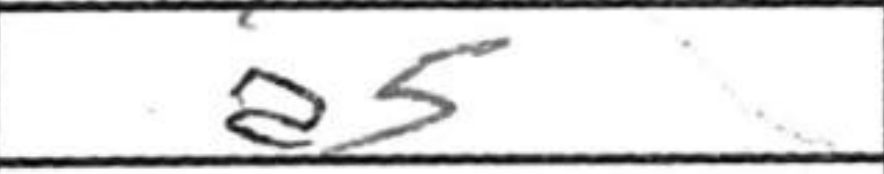
Transcription: a5